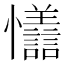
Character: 𪭇